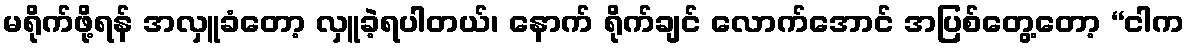
မရိုက်ဖို့ရန် အလှူခံတော့ လှူခဲ့ရပါတယ်၊ နောက် ရိုက်ချင် လောက်အောင် အပြစ်တွေ့တော့ “ငါက